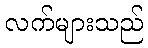
လက်များသည်